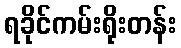
ရခိုင်ကမ်းရိုးတန်း